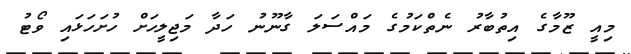
މިއީ ޒޫމާގެ އިތުބާރު ނެތްކަމުގެ މައްސަލަ ގާނޫނު ހަދާ މަޖިލީހަށް ހުށަހަޅައި ވޯޓު